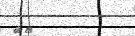
٥٦